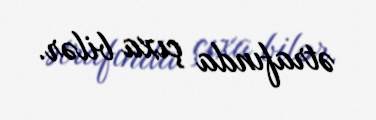
ətrafında çıxa bilər.